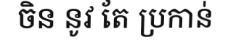
ចិន នូវ តែ ប្រកាន់